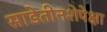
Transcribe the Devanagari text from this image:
साडेतीनशेपेक्षा